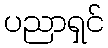
ပညာရှင်